Vaccination in Bombay 1869-1873 - 1869-1873
Year: 1869
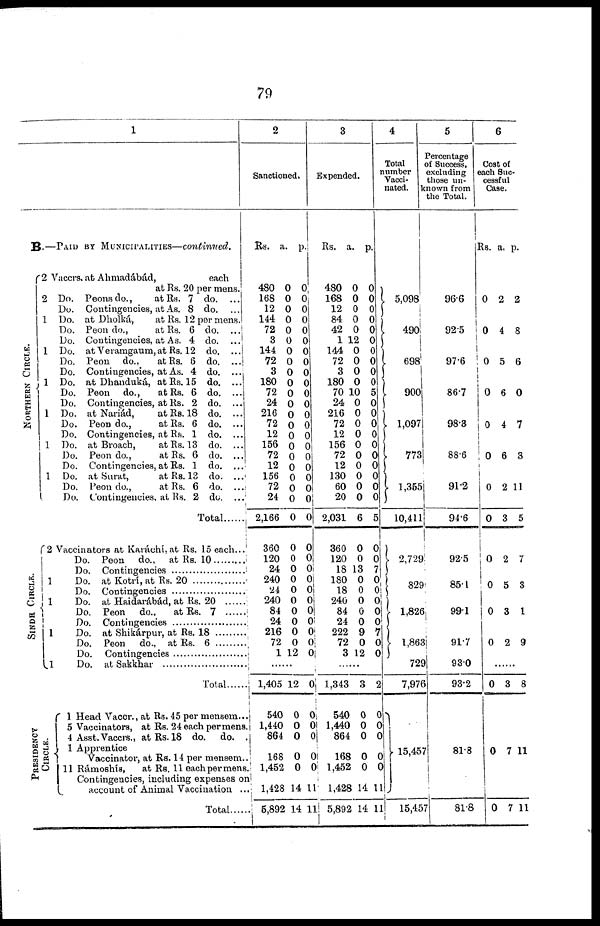
79
1
B.—PAID BY MUNICIPALITIES—continued.
NORTHERN CIRCLE.
SINDH CIRCLE.
2
2
1
1
1
1
1
1
Vaccrs. at Ahmadábád,
each
at Rs. 20 per mens.
Do. Peons do.,
at Rs. 7 do. ...
Do. Contingencies, at As. 8 do. ...
Do. at Dholká,
at Rs. 12 per mens .
Do. Peon do.,
at Rs. 6 do. ...
Do. Contingencies, at As. 4 do. ...
Do. at Veramgaum, at Rs. 12 do. ...
Do. Peon do.,
at Rs. 6 do. ...
Do. Contingencies, at As. 4 do. ...
Do. at Dhanduká, at Rs. 15 do. ...
Do. Peon do.,
at Rs. 6 do. ...
Do. Contingencies, at Rs. 2 do. ...
Do. at Nariád,
at Rs. 18 do. ...
Do. Peon do.,
at Rs. 6 do. ...
Do. Contingencies, at Rs. 1 do. ...
Do. at Broach,
at Rs. 13 do. ...
Do. Peon do.,
at Rs. 6 do. ...
Do. Contingencies, at Rs. 1 do. ...
Do. at Surat,
at Rs. 13 do. ...
Do. Peon do.,
at Rs. 6 do. ...:
Do. Contingencies, at Rs. 2 do. ...
Total .......
2
1
1
1
1
Vaccinators at Karáchí, at Rs. 15 each...
Do. Peon do., at Rs. 10
Do. Contingencies ....................
Do. at Kotrí, at Rs. 20 .....................
Do. Contingencies ..................
Do. at Haidarábád, at Rs.20 ......
Do. Peon do., at Rs 7 ..........
Do. Contingencies .....................
Do. at Shikárpur, at Rs. 18 .................
Do. Peon do., at Rs. 6 ................
Do. Contingencies ..................
Do. at Sakkhar .................
Total
PRESIDENCY
CIRCLE.
1
5
4
1
11
Head Vaccr., at Rs. 45 per mensem...
Vaccinators, at Rs. 24 each per mens.
Asst.Vaccrs., at Rs. 18 do. do. .
Apprentice
Vaccinator, at Rs. 14 per mensem..
Rámoshís,
at Rs. 11 each per mens.
Contingencies, including expenses on
account of Animal Vaccination ...
Total
2
Sanctioned.
Rs.
480
168
12
144
72
3
144
72
3
180
72
24
216
72
12
156
72
12
156
72
24
2,166
360
120
24
240
24
240
84
24
216
72
1
a.
0
0
0
0
0
0
0
0
0
0
0
0
0
0
0
0
0
0
0
0
0
0
0
0
0
0
0
0
0
0
0
0
12
p.
0
0
0
0
0
0
0
0
0
0
0
0
0
0
0
0
0
0
0
0
0
0
0
0 0
0
0
0 0
0
0
0
0
......
1,405
540
1,440
864
168
1,452
1,428
6,892
12
0
0
0
0
0
14
14
0
0
0
0
0
0
11
11
3
Expended.
Rs.
480
168
12
84
42
1
144
72
3
180
70
24
216
72
12
156
72
12
130
60
20
2,031
360
120
18
180
18
240
84
24
222
72
3
a.
0
0
0
0
0
12
0
0
0
0
10
0
0
0
0
0
0
0
0
0
0
6
0
0
13
0
0
0
0
0
9
0
12
p.
0
0
0
0
0
0
0
0
0
0
5
0
0
0
0
0
0
0
0
0
0
5
0
0
7
0
0
0
0
0
7
0
0
......
1,343
540
1,440
864
168
1,452
1,428
5,892
3
0
0
0
0
0
14
14
2
0
0
0
0
0
11
11
4
Total
number
Vacci-
nated.
5,098
490
698
900
1,097
773
1,355
10,411
2,729
829
1,826
1,863
729
7,976
15,457
15,457
5
Percentage
of Success,
excluding
those un-
known from
the Total.
96.6
92.5
97.6
86.7
98.3
88.6
91.2
94.6
92.5
85.1
99.1
91.7
93.0
93.2
81.8
81.8
6
Cost of
each Suc-
cessful
Case.
Rs.
0
0
0
0
0
0
0
0
0
0
0
0
a.
2
4
5
6
4
6
2
3
2
5
3
2
p.
2
8
6
0
7
3
11
5
7
3
1
9
......
0
0
0
3
7
7
8
11
11